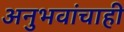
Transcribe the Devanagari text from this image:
अनुभवांचाही